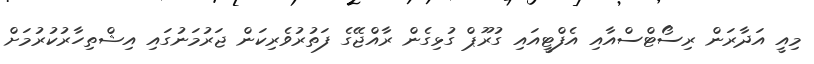
މިއީ އަދާރަން ރިސޯޓްސްއާއި އެފްޓީއައި ގުރޫޕް ގުޅިގެން ރާއްޖޭގެ ފަތުރުވެރިކަން ޖަރުމަނުގައި އިޝްތިހާރުކުރުމަށް